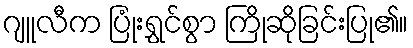
ဂျူလီက ပြုံးရွှင်စွာ ကြိုဆိုခြင်းပြု၏။